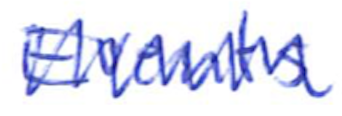
Text: Events
Cross-out: zig-zag
Writing tool: ballpoint